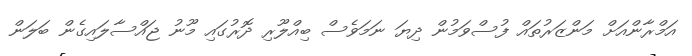
އަމްރާންއަށް މަންޒަރުތައް ފުސްވަމުން ދިޔަ ނަމަވެސް ބިއްލޫރި ދޮރުގައި މޫނު ޖައްސާލައިގެން ބަލަން